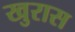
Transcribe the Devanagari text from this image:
खुरास